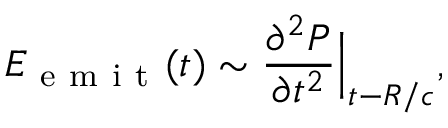
E _ { \mathrm { ~ e ~ m ~ i ~ t ~ } } ( t ) \sim \frac { \partial ^ { 2 } P } { \partial t ^ { 2 } } \Big | _ { t - R / c } ,